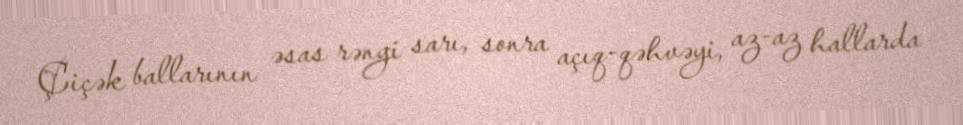
Çiçək ballarının əsas rəngi sarı, sonra açıq-qəhvəyi, az-az hallarda